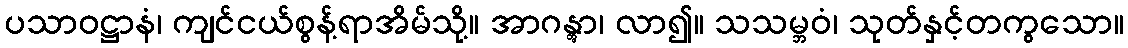
ပသာဝဋ္ဌာနံ၊ ကျင်ငယ်စွန့်ရာအိမ်သို့။ အာဂန္တွာ၊ လာ၍။ သသမ္ဘဝံ၊ သုတ်နှင့်တကွသော။